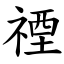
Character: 禋